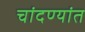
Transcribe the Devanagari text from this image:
चांदण्यांत